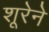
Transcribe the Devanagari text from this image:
शूरेने